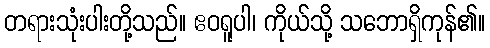
တရားသုံးပါးတို့သည်။ ဧဝရူပါ၊ ကိုယ်သို့ သဘောရှိကုန်၏။